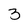
Character: 3